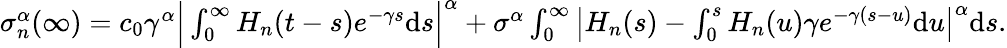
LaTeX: \begin{array}{r}{\sigma_{n}^{\alpha}(\infty)=c_{0}\gamma^{\alpha}\Big|\int_{0}^{\infty}H_{n}(t-s)e^{-\gamma s}\mathrm{d}s\Big|^{\alpha}+\sigma^{\alpha}\int_{0}^{\infty}\big|H_{n}(s)-\int_{0}^{s}H_{n}(u)\gamma e^{-\gamma(s-u)}\mathrm{d}u\big|^{\alpha}\mathrm{d}s.}\end{array}